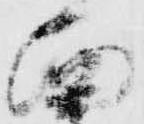
西